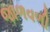
જાળવળી